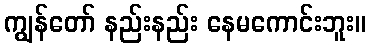
ကျွန်တော် နည်းနည်း နေမကောင်းဘူး။